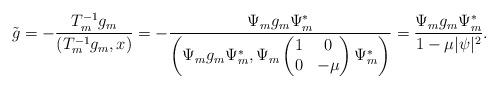
LaTeX: \begin{align*}\tilde{g} =- \frac{T_{m}^{-1}g_{m}}{(T_{m}^{-1}g_{m},x)} =- \frac{ \Psi_{m}g_{m}\Psi_{m}^{*}}{\left(\Psi_{m}g_{m}\Psi_{m}^{*}, \Psi_{m}\begin{pmatrix} 1 & 0\\ 0&-\mu\end{pmatrix}\Psi^{*}_{m}\right)}= \frac{\Psi_{m}g_{m}\Psi_{m}^{*}}{1-\mu|\psi|^{2}}.\end{align*}